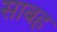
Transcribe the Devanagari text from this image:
साबह